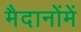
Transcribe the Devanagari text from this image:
मैदानोंमें